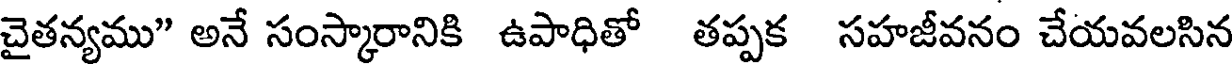
చైతన్యము" అనే సంస్కారానికి ఉపాధితో తప్పక సహజీవనం చేయవలసిన